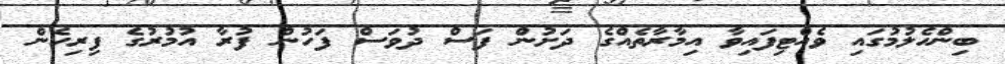
ބިންހެލުމުގައި ވެއްޓިފައިވާ އިމާރާތެއްގެ ދަށުން ފަސް ދުވަސް ފަހުން ފުރާ އުމުރުގެ ފިރިހެން